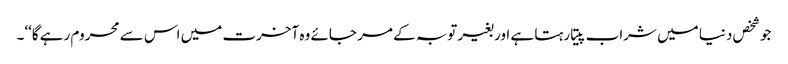
جو شخص دنیا میں شراب پیتا رہتا ہے اور بغیر توبہ کے مر جائے وہ آخرت میں اس سے محروم رہے گا‘‘۔